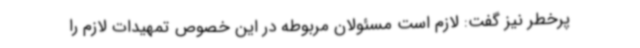
پرخطر نیز گفت: لازم است مسئولان مربوطه در این خصوص تمهیدات لازم را